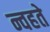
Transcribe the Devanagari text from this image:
न्वहते